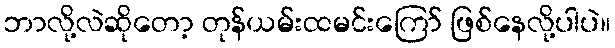
ဘာလို့လဲဆိုတော့ တုန်ယမ်းထမင်းကြော် ဖြစ်နေလို့ပါပဲ။